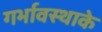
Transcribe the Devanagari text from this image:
गर्भावस्थाके